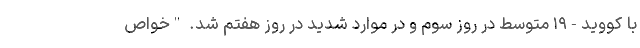
با کووید-۱۹ متوسط در روز سوم و در موارد شدید ‌در روز هفتم شد. "خواص